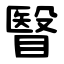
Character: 瞖